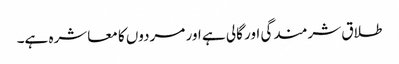
طلاق شرمندگی اور گالی ہے اور مردوں کا معاشرہ ہے۔